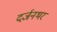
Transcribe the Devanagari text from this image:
दर्जनभर